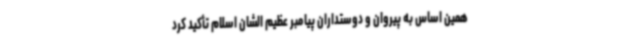
همین اساس به پیروان و دوستداران پیامبر عظیم الشان اسلام تأکید کرد